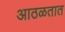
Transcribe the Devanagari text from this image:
आठळतात